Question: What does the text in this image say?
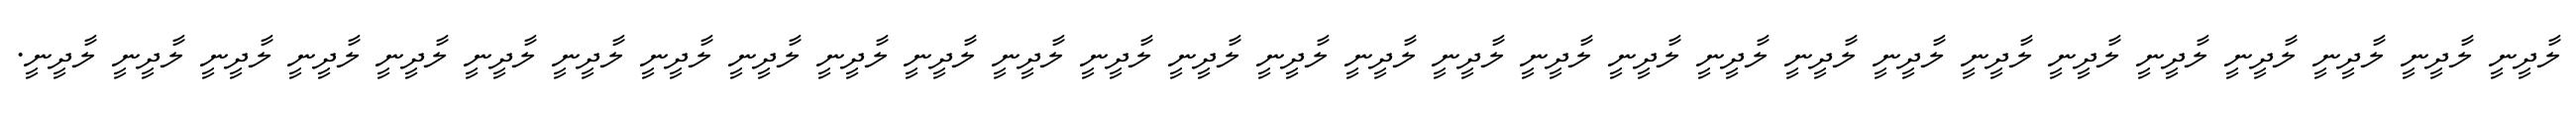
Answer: ލާދީނީ ލާދީނީ ލާދީނީ ލާދީނީ ލާދީނީ ލާދީނީ ލާދީނީ ލާދީނީ ލާދީނީ ލާދީނީ ލާދީނީ ލާދީނީ ލާދީނީ ލާދީނީ ލާދީނީ ލާދީނީ ލާދީނީ ލާދީނީ ލާދީނީ ލާދީނީ ލާދީނީ ލާދީނީ ލާދީނީ ލާދީނީ ލާދީނީ ލާދީނީ ލާދީނީ ލާދީނީ ލާދީނީ.